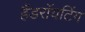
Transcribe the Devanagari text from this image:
हैंडराॅयटिंग